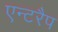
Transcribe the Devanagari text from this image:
एन्टरैप